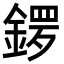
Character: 𨩡